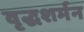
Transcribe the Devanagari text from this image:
वृद्धशर्मन